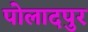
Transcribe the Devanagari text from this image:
पोलादपुर